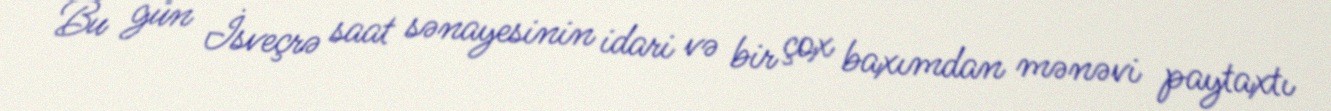
Bu gün İsveçrə saat sənayesinin idari və bir çox baxımdan mənəvi paytaxtı